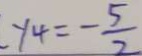
y _ { 4 } = - \frac { 5 } { 2 }